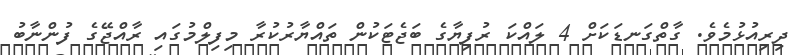
ދިރިއުޅުމެވެ. ގާތްގަނޑަކަށް 4 ލައްކަ ރުފިޔާގެ ބަޖެޓަކުން ތައްޔާރުކުރާ މިފިލްމުގައި ރާއްޖޭގެ ފުންނާބު